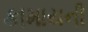
કામાયની